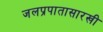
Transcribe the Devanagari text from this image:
जलप्रपातासारखी